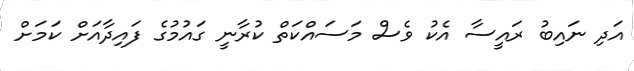
އަދި ނައިބު ރައީސާ އެކު ވެސް މަސައްކަތް ކުރާނީ ގައުމުގެ ފައިދާއަށް ކަމަށް